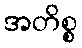
အတိစ္စ